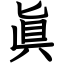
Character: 眞